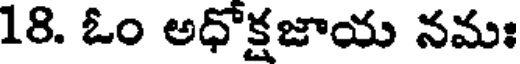
18. ఓం అధోక్షజాయ నమః